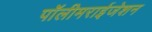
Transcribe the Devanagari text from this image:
पॉलीमराईजेशन